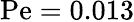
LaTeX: \mathrm{Pe}=0.013